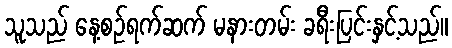
သူသည် နေ့စဉ်ရက်ဆက် မနားတမ်း ခရီးပြင်းနှင့်သည်။